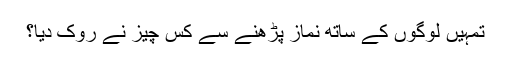
تمہیں لوگوں کے ساتھ نماز پڑھنے سے کس چیز نے روک دیا؟